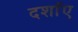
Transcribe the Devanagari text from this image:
दर्शांए